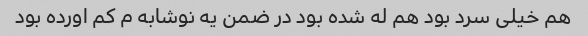
هم خیلی سرد بود هم له شده بود در ضمن یه نوشابه م کم اورده بود